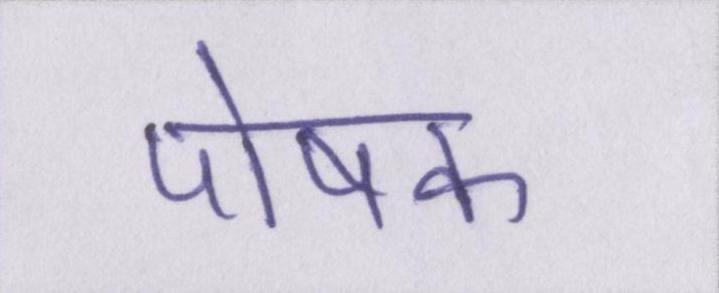
पोषक